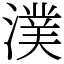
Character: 𣾴